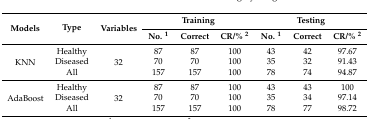
<table><thead><tr><td rowspan="2"><b>Models</b></td><td rowspan="2"><b>Type</b></td><td rowspan="2"><b>Variables</b></td><td colspan="3"><b>Training</b></td><td colspan="3"><b>Testing</b></td></tr><tr><td><b>No. <sup>1</sup></b></td><td><b>Correct</b></td><td><b>CR/% <sup>2</sup></b></td><td><b>No. <sup>1</sup></b></td><td><b>Correct</b></td><td><b>CR/% <sup>2</sup></b></td></tr></thead><tbody><tr><td rowspan="3">KNN</td><td>Healthy</td><td rowspan="3">32</td><td>87</td><td>87</td><td>100</td><td>43</td><td>42</td><td>97.67</td></tr><tr><td>Diseased</td><td>70</td><td>70</td><td>100</td><td>35</td><td>32</td><td>91.43</td></tr><tr><td>All</td><td>157</td><td>157</td><td>100</td><td>78</td><td>74</td><td>94.87</td></tr><tr><td rowspan="3">AdaBoost</td><td>Healthy</td><td rowspan="3">32</td><td>87</td><td>87</td><td>100</td><td>43</td><td>43</td><td>100</td></tr><tr><td>Diseased</td><td>70</td><td>70</td><td>100</td><td>35</td><td>34</td><td>97.14</td></tr><tr><td>All</td><td>157</td><td>157</td><td>100</td><td>78</td><td>77</td><td>98.72</td></tr></tbody></table>